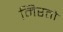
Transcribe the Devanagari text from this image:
मिरतो